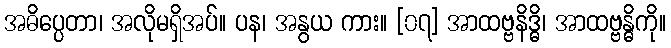
အဓိပ္ပေတာ၊ အလိုမရှိအပ်။ ပန၊ အနွယ ကား။ [၀၇] အာထဗ္ဗနိဒ္ဓိ၊ အာထဗ္ဗန္ဓိကို။